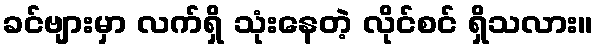
ခင်ဗျားမှာ လက်ရှိ သုံးနေတဲ့ လိုင်စင် ရှိသလား။